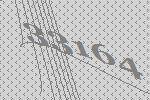
33164